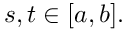
s , t \in [ a , b ] .